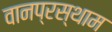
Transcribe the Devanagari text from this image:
वानप्रस्थाम